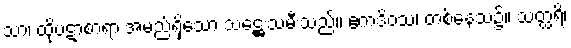
သာ၊ ထိုပဋာစာရာ အမည်ရှိသော သဋ္ဌေးသမီးသည်။ ဧကဒိဝသံ၊ တစ်နေ့သ၌။ သတ္ထရိ၊